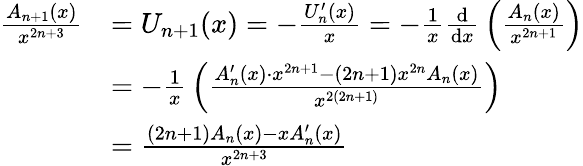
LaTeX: {\begin{array}{rl}{{\frac{A_{n+1}(x)}{x^{2n+3}}}}&{=U_{n+1}(x)=-{\frac{U_{n}^{\prime}(x)}{x}}=-{\frac{1}{x}}{\frac{\mathrm{d}}{\mathrm{d}x}}\left({\frac{A_{n}(x)}{x^{2n+1}}}\right)}\\ &{=-{\frac{1}{x}}\left({\frac{A_{n}^{\prime}(x)\cdot x^{2n+1}-(2n+1)x^{2n}A_{n}(x)}{x^{2(2n+1)}}}\right)}\\ &{={\frac{(2n+1)A_{n}(x)-xA_{n}^{\prime}(x)}{x^{2n+3}}}}\end{array}}